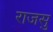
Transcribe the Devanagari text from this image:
राजसु